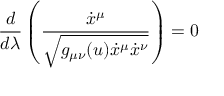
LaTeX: \frac { d } { d \lambda } \left( \frac { \dot { x } ^ { \mu } } { \sqrt { g _ { \mu \nu } ( u ) \dot { x } ^ { \mu } \dot { x } ^ { \nu } } } \right) = 0